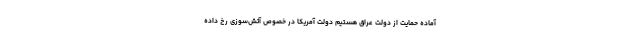
آماده حمایت از دولت عراق هستیم دولت آمریکا در خصوص آتش‌سوزی رخ داده